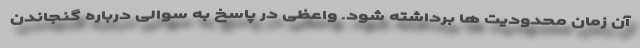
آن زمان محدودیت ها برداشته شود. واعظی در پاسخ به سوالی درباره گنجاندن